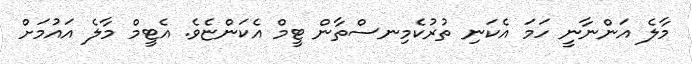
މާލެ އަންނާނީ ހަމަ އެކަނި ތުރުކެމިނސްތާން ޓީމް އެކަންޏެވެ. އެޓީމް މާލެ އައުމަށް